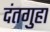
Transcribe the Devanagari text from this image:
दंतगुहा